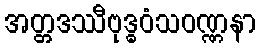
အတ္တဒဿီဗုဒ္ဓဝံသဝဏ္ဏနာ